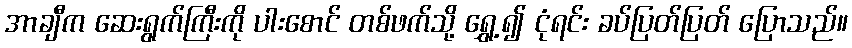
အာချီက ဆေးရွက်ကြီးကို ပါးစောင် တစ်ဖက်သို့ ရွှေ့၍ ငုံရင်း ခပ်ပြတ်ပြတ် ပြောသည်။